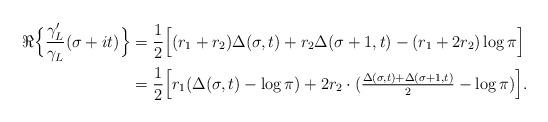
LaTeX: \begin{align*}\Re\Big\{ \frac{\gamma_L'}{\gamma_L}(\sigma+it) \Big\} & = \frac{1}{2} \Big[ (r_1+r_2) \Delta(\sigma, t) + r_2 \Delta(\sigma+1,t) - (r_1+2r_2) \log \pi \Big] \\& = \frac{1}{2} \Big[ r_1 ( \Delta(\sigma,t) - \log \pi) + 2r_2 \cdot ( \tfrac{\Delta(\sigma,t) + \Delta(\sigma+1,t)}{2} - \log \pi )\Big] . \end{align*}